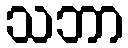
သဘာ